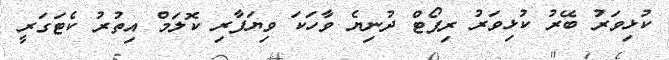
ކުޅިވަރު ބޭރު ކުޅިވަރު ރިޕޯޓް ދުނިޔެ ވާހަކަ ވިޔަފާރި ކޮލަމް އިތުރު ކެޓަގަރީ